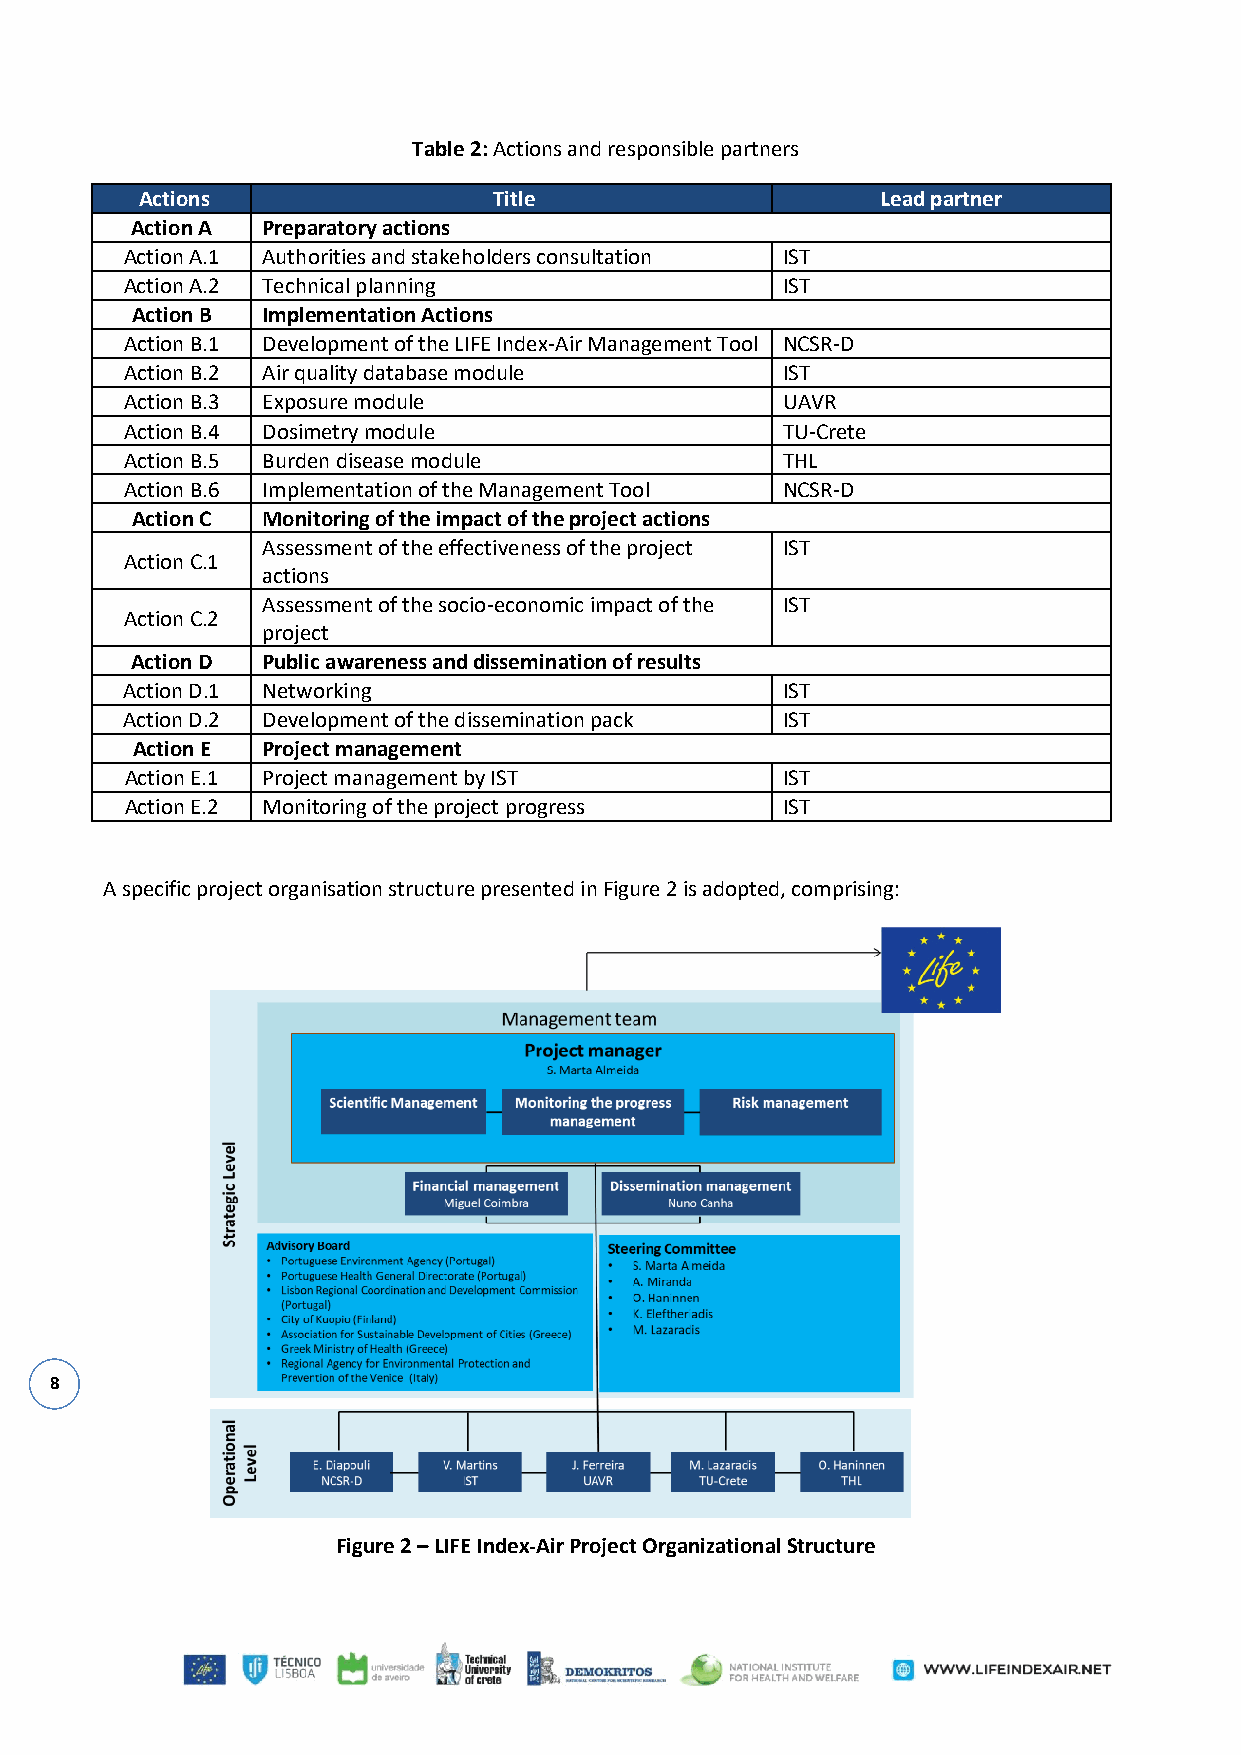
Table 2: Actions and responsible partners
 Actions                 Title                    Lead partner
 Action A Preparatory actions
 Action A.1 Authorities and stakeholders consultation IST
 Action A.2 Technical planning               IST
 Action B Implementation Actions
 Action B.1 Development of the LIFE Index-Air Management Tool NCSR-D
 Action B.2 Air quality database module      IST
 Action B.3 Exposure module                  UAVR
 Action B.4 Dosimetry module                 TU-Crete
 Action B.5 Burden disease module            THL
 Action B.6 Implementation of the Management Tool NCSR-D
 Action C Monitoring of the impact of the project actions
 Assessment of the effectiveness of the project IST
 Action C.1
 actions
 Assessment of the socio-economic impact of the IST
 Action C.2
 project
 Action D Public awareness and dissemination of results
 Action D.1 Networking                       IST
 Action D.2 Development of the dissemination pack IST
 Action E Project management
 Action E.1 Project management by IST        IST
 Action E.2 Monitoring of the project progress IST
 A specific project organisation structure presented in Figure 2 is adopted, comprising:
 8
 Figure 2 – LIFE Index-Air Project Organizational Structure